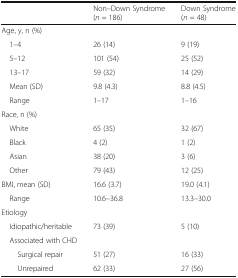
<table><thead><tr><td></td><td><b>Non–Down Syndrome(<i>n</i> = 186)</b></td><td><b>Down Syndrome(<i>n</i> = 48)</b></td></tr></thead><tbody><tr><td colspan="3">Age, y, n (%)</td></tr><tr><td> 1–4</td><td>26 (14)</td><td>9 (19)</td></tr><tr><td> 5–12</td><td>101 (54)</td><td>25 (52)</td></tr><tr><td> 13–17</td><td>59 (32)</td><td>14 (29)</td></tr><tr><td> Mean (SD)</td><td>9.8 (4.3)</td><td>8.8 (4.5)</td></tr><tr><td> Range</td><td>1–17</td><td>1–16</td></tr><tr><td colspan="3">Race, n (%)</td></tr><tr><td> White</td><td>65 (35)</td><td>32 (67)</td></tr><tr><td> Black</td><td>4 (2)</td><td>1 (2)</td></tr><tr><td> Asian</td><td>38 (20)</td><td>3 (6)</td></tr><tr><td> Other</td><td>79 (43)</td><td>12 (25)</td></tr><tr><td>BMI, mean (SD)</td><td>16.6 (3.7)</td><td>19.0 (4.1)</td></tr><tr><td> Range</td><td>10.6–36.8</td><td>13.3–30.0</td></tr><tr><td colspan="3">Etiology</td></tr><tr><td> Idiopathic/heritable</td><td>73 (39)</td><td>5 (10)</td></tr><tr><td> Associated with CHD</td><td></td><td></td></tr><tr><td>Surgical repair</td><td>51 (27)</td><td>16 (33)</td></tr><tr><td>Unrepaired</td><td>62 (33)</td><td>27 (56)</td></tr></tbody></table>